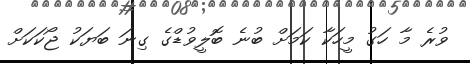
ވުރެ މާ ހަގު މީހަކާ ކަމަށް ބުނެ ބޮލީވުޑްގެ ގިނަ ބަޔަކު ޖޯކަކަށް